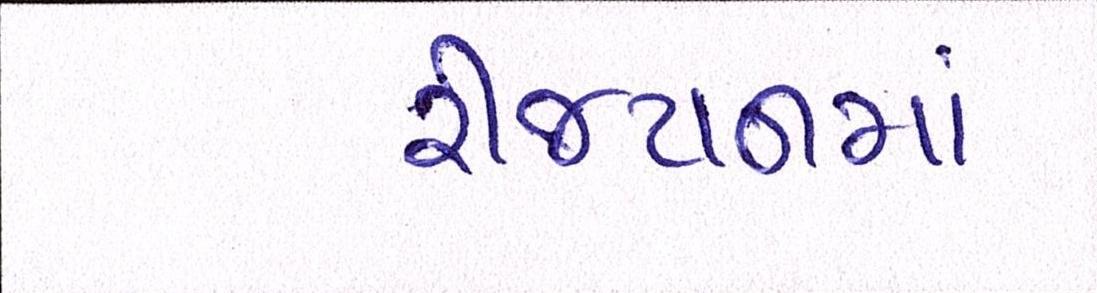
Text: રીજયનમાં